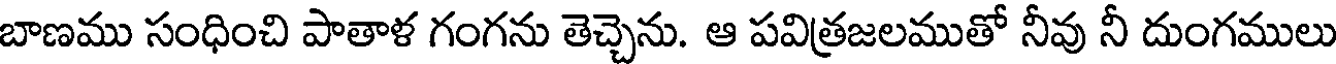
బాణము సంధించి పాతాళ గంగను తెచ్చెను. ఆ పవిత్రజలముతో నీవు నీ దుంగములు